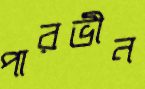
পারভীন